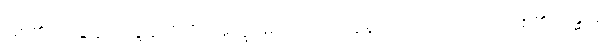
ဖြစ်၏။ သဒ္ဒါနံ၊ သဒ္ဒါရုံတိုကို။ အက္ခမော၊ သည်းမခံနိုင်သည်။ ဟောတိ၊ ဖြစ်၏။ ဂန္ဓာနံ၊